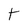
Character: t